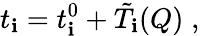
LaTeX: t_{\mathbf{i}}=t_{\mathbf{i}}^{0}+\tilde{{T}}_{\mathbf{i}}(Q)\; ,